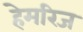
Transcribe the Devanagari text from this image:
हेमरिज